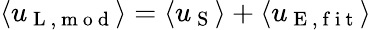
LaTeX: \langle u_{\mathrm{~L~,~m~o~d~}}\rangle=\langle u_{\mathrm{~S~}}\rangle+\langle u_{\mathrm{~E~,~f~i~t~}}\rangle